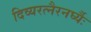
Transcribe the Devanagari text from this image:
दिव्यरत्नैरनर्घ्यैः